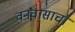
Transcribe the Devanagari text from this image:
वनवासाचा